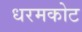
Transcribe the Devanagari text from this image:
धरमकोट